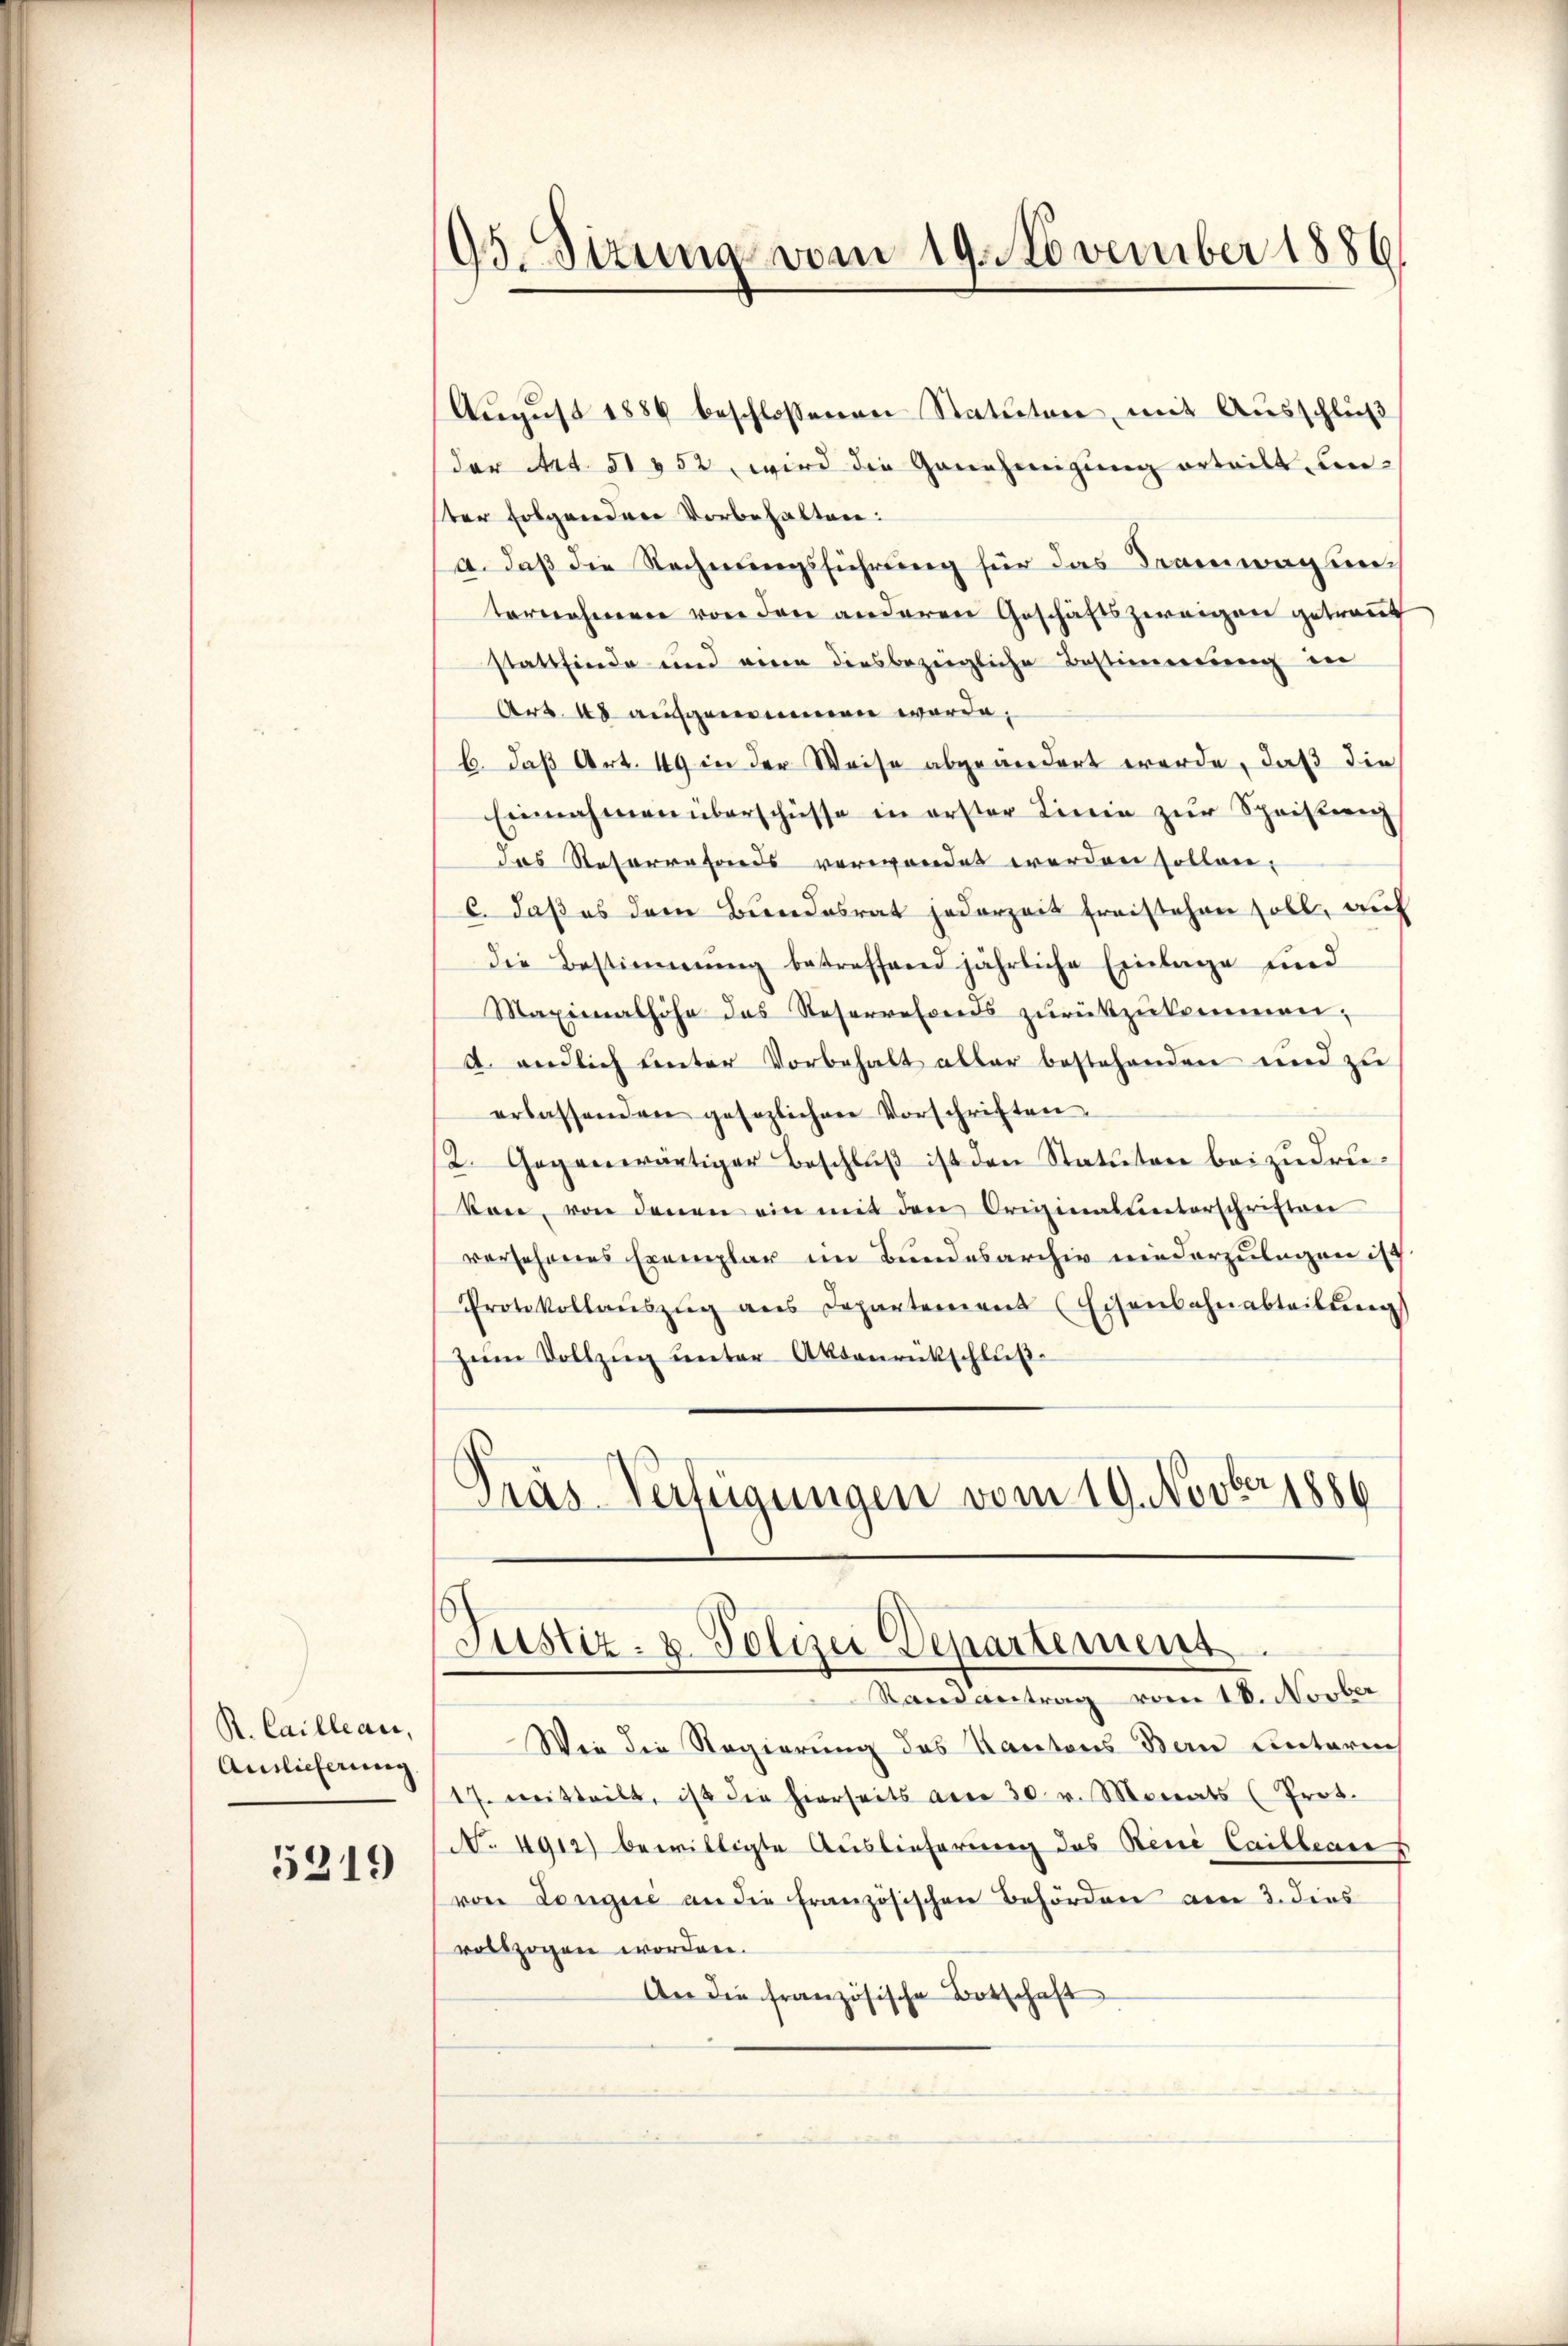
R. Cailleare,
Auslieferung
5319

95. Situng vom 19. November 1886

August 1886 beschlossenen Statuten, mit Ausschluß
der Art. 51452, wird die Genehmigŭng erteilt, unter folgendere Vorbehalten:
4. Daß die Rechnungsführung für das Tramwagung
ternehmen von den anderen Geschäftszweigen getraŭt
stattfinde und veren diesbezügliche Bestimmung in
Art. 48 aufgenommen werde.
b. daß Art. 49 in der Weise abgeändert werde, daß die
Einnahmen überschüsse in erster Linie zŭr Speisung
das Resorrefonds verwendet werden sollen.
c. daß es dem Bundesrat jederzeit freistehen soll, auf
die Bestimmung betreffend jährliche Einlage und
Maximalhöhe das Reservefonds zŭrükzŭkommen,
A. endlich unter Vorbehalt aller bestehenden und zu
erlassenden gesezlichen Vorschriften,
2. Gegenwärtiger Beschlŭβ ist den Statuten beizudrukon, von denen ein mit den Originalunterschriften
versehenes Exemplar im Bundesarchiv niederzulegen ist.
Protokollaŭszŭg ans Departement (Eisenbahnabteilŭng
zŭm Vollzug unter Aktenrückschluß¬
Pras Verfügungen vom 19. Novber 1886

Justiz- u. Polizei Departement.
Randantrag vom 18. Novber

Wie die Regierung des Kantons Bern unterich
17. weitteilt, ist die hierseits am 30. v. Monats (Prot.
No. 4912) bewilligte Auslieferung des Reue Cailleares
von Longue an die französischen Behörden am 3. dies
vollzogen worden.
An die französische Botschaft